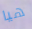
هيا